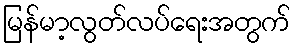
မြန်မာ့လွတ်လပ်ရေးအတွက်